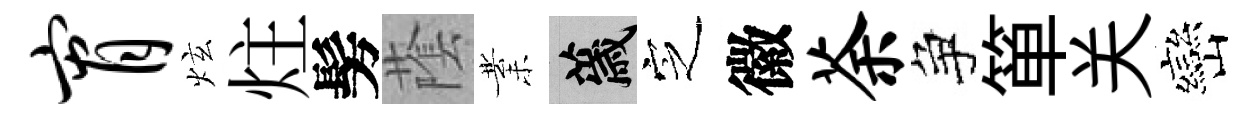
宵炫炷髣䕃業薉㝎徽荼争箪关巒